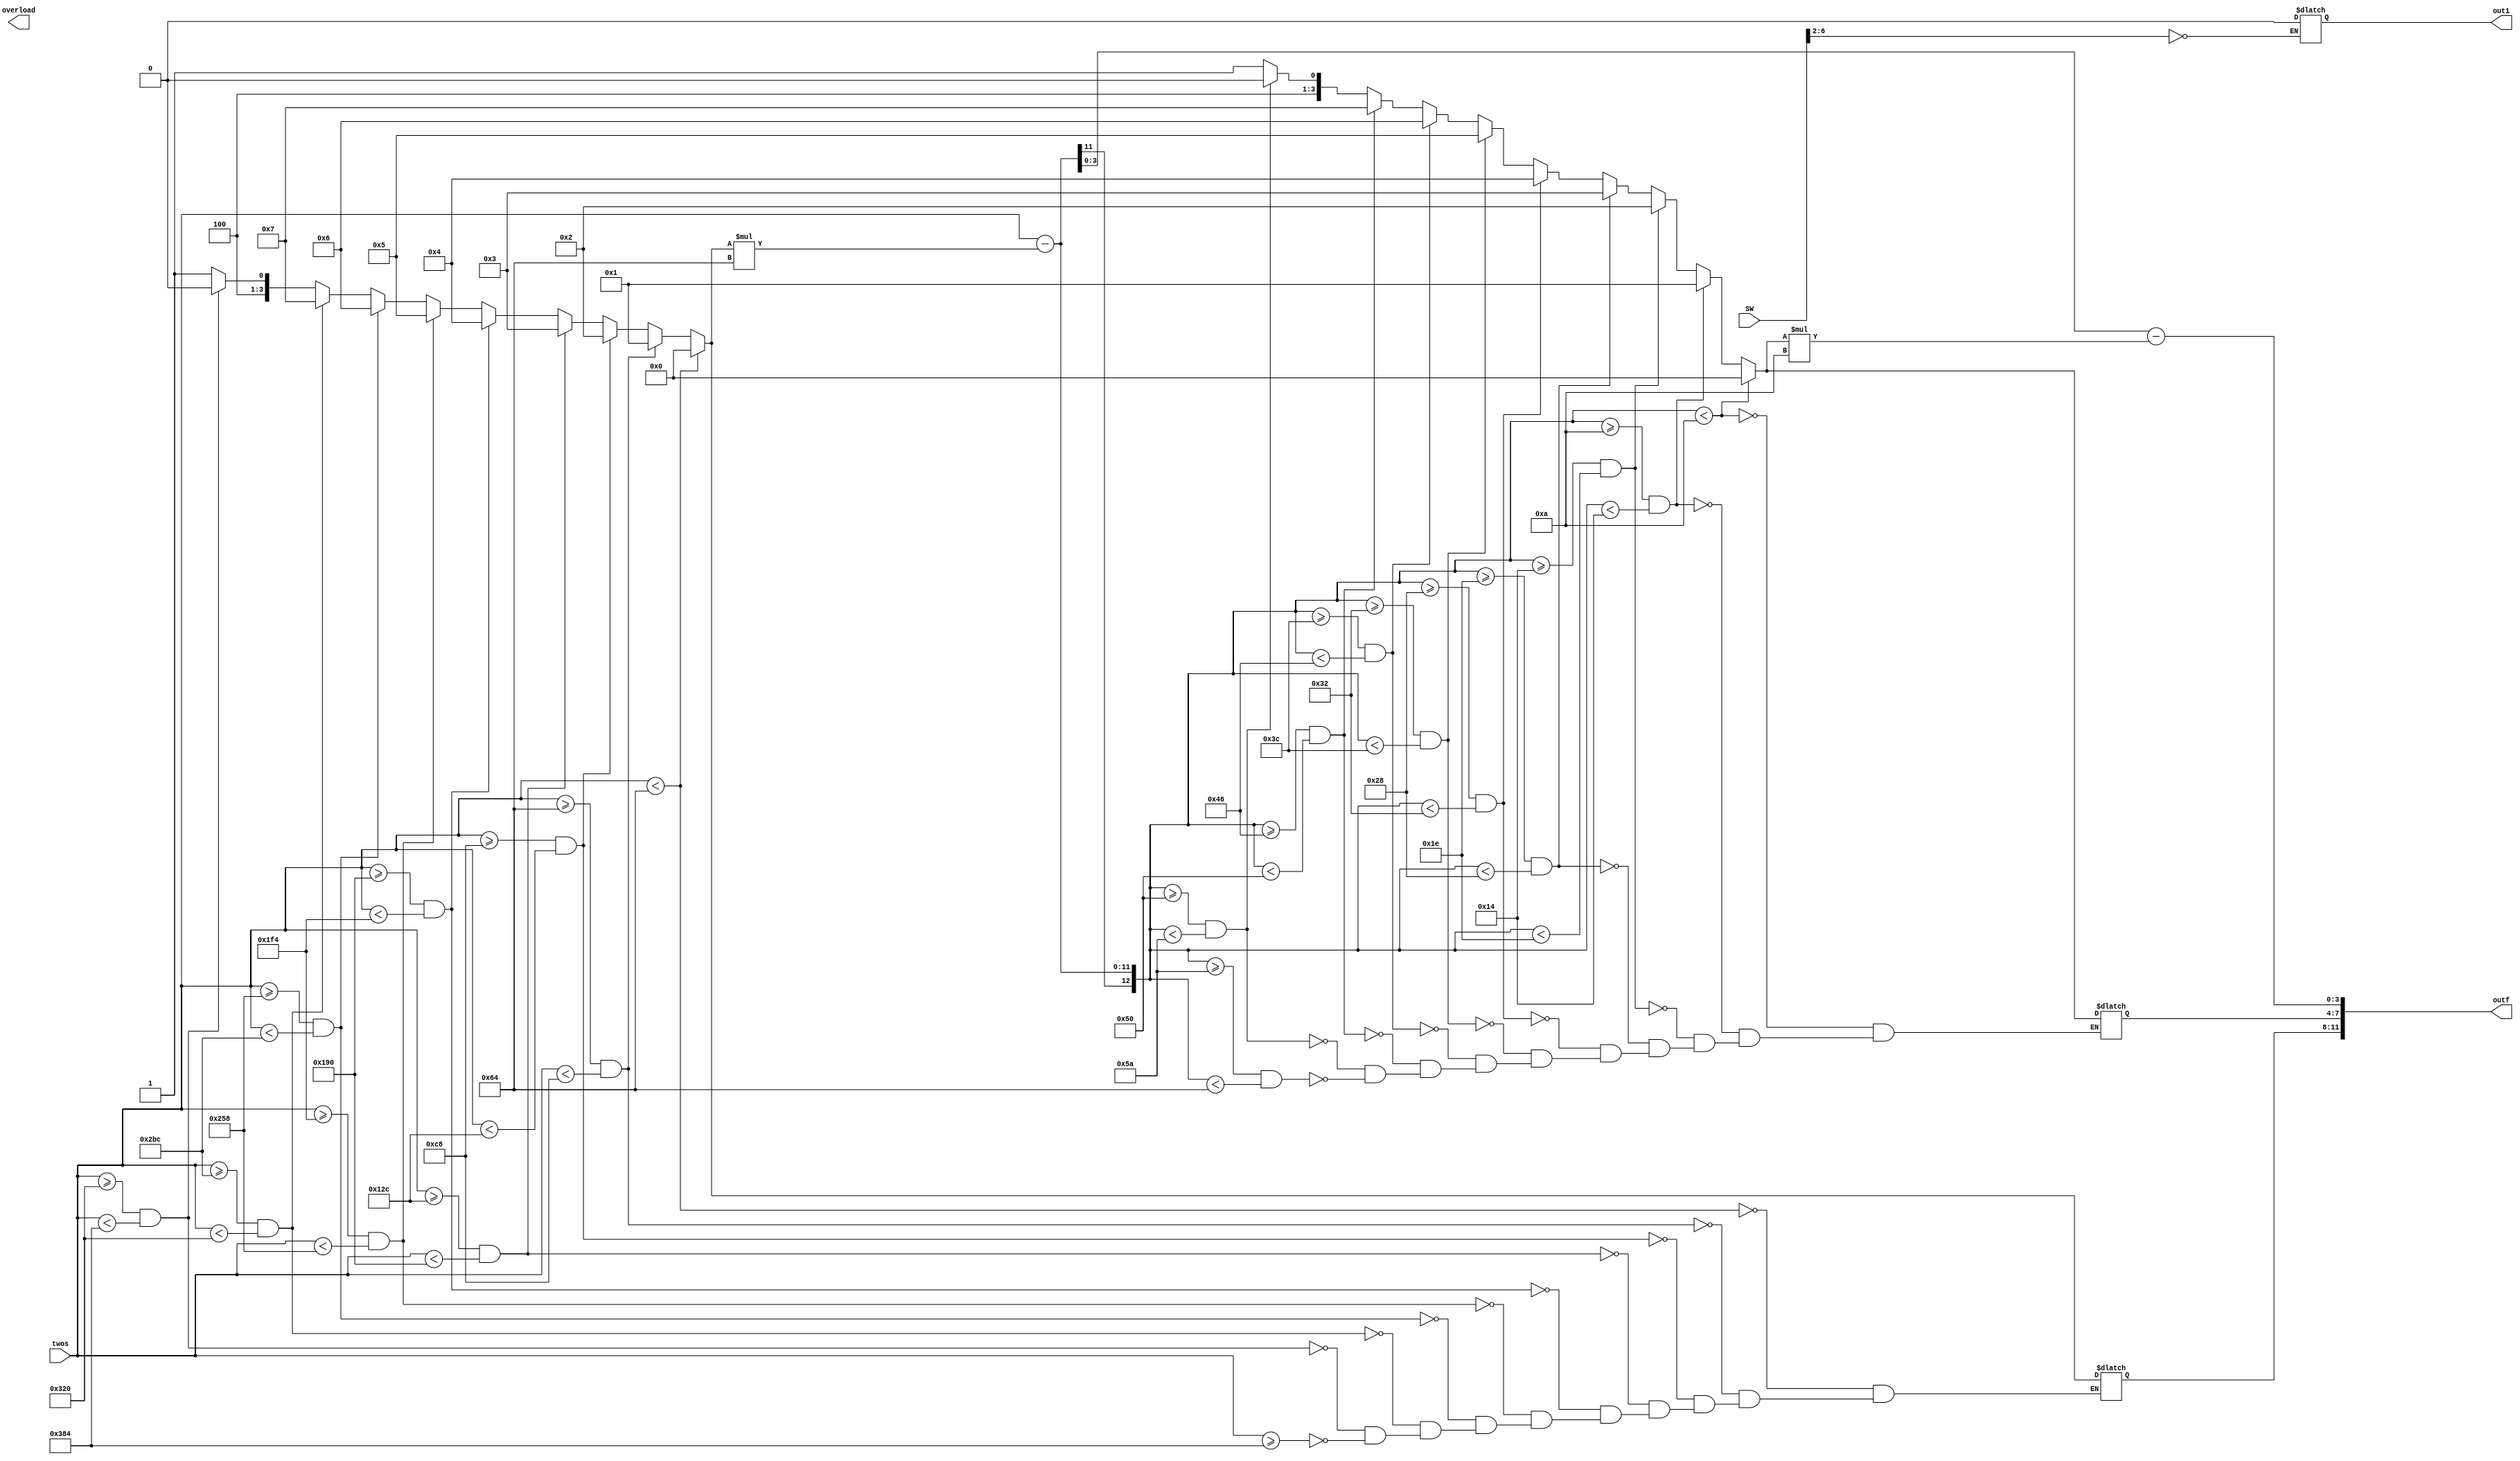

module BCD(

//////////// CLOCK //////////
input     [9:0] SW,
input [9:0] twos,
output wire out1,
output wire [11:0] outf,
output wire overload
//output [7:0] HEX5 
);



//=======================================================
//  REG/WIRE declarations
//=======================================================

reg [12:0] dec,x,y,z,hun, d, decf;
reg [4:0] ten;
reg out11;
//=======================================================
//  Structural coding
//=======================================================
reg over;
always @(*) begin
	hun = 12'd100;
	ten = 4'b1010;
//if(twos[9] == 1'b1) begin
//	out11 = 1'b0;
//	dec=12'h200-twos[8:0];
	//dec[9:0] = ~twos[9:0] + 1'b1;
//end
//else begin
//	out11 = 1'b1;
	dec = twos;
//end
if(dec>=900)
	decf[11:8]=4'b1001;
if(dec>=800&&dec<900)
	decf[11:8]=4'b1000;
if(dec>=700&&dec<800)
	decf[11:8]=4'b0111;
if(dec>=600&&dec<700)
	decf[11:8]=4'b0110;
if(dec>=500&&dec<600)
	decf[11:8]=4'b0101;
if(dec>=400&& dec<500) 
	decf[11:8]=4'b0100;
	
if(dec>=300 && dec<400) 
	decf[11:8]=4'b0011;
if(dec >= 200 && dec < 300)
	decf[11:8] = 4'b0010;
if(dec >= 100 && dec < 200)
	decf[11:8] = 4'b0001;
	
if(dec<100)
	decf[11:8]=4'b0000;

	x = decf[11:8]*hun;
	d = dec - x;
	
if(d >= 90 && d < 100)
	decf[7:4] = 4'b1001;
if(d >= 80 && d < 90)
	decf[7:4] = 4'b1000;

if(d >= 70 && d < 80)
	decf[7:4] = 4'b0111;

if(d >= 60 && d < 70)
	decf[7:4] = 4'b0110;

if(d >= 50 && d < 60)
	decf[7:4] = 4'b0101;

if(d >= 40 && d < 50)
	decf[7:4] = 4'b0100;
if(d >= 30 && d < 40)
	decf[7:4] = 4'b0011;
if(d >= 20 && d < 30)
	decf[7:4] = 4'b0010;
if(d >= 10 && d < 20)
	decf[7:4] = 4'b0001;
	
if(d<10)
	decf[7:4]=4'b0000;
	
y = decf[7:4] * ten;
	decf[3:0] = d - y;

if(SW[6:2]==5'b00000) 
	out11 =1'b0;
end


assign out1 = out11;
assign outf = decf;
assign overload =over;
endmodule